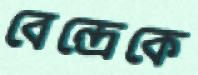
বেন্দ্রেকে